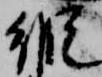
縦